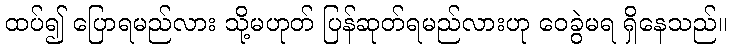
ထပ်၍ ပြောရမည်လား သို့မဟုတ် ပြန်ဆုတ်ရမည်လားဟု ဝေခွဲမရ ရှိနေသည်။